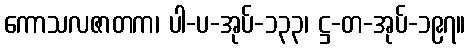
ကောသလဇာတက၊ ပါ-ပ-အုပ်-၁၃၃၊ ဋ္ဌ-တ-အုပ်-၁၉၇။